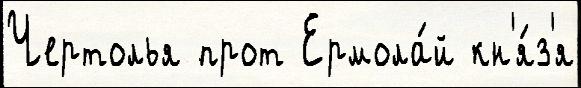
Чертолья прот Ермола́й кн'я́з'я